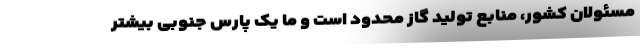
مسئولان کشور، منابع تولید گاز محدود است و ما یک پارس جنوبی بیشتر